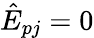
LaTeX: \hat{E}_{pj}=0